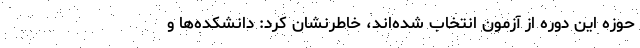
حوزه این دوره از آزمون انتخاب شده‌اند، خاطرنشان کرد: دانشکده‌ها و